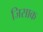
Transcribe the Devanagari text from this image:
जिसाक